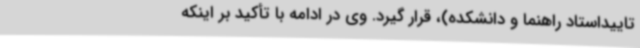
تاییداستاد راهنما و دانشکده)، قرار گیرد. وی در ادامه با تأکید بر اینکه